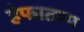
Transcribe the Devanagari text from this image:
हेफातम्प